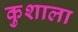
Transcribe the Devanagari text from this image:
कुशाला